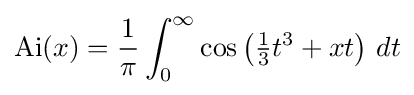
\mathrm {Ai} (x)={\frac {1}{\pi }}\int _{0}^{\infty }\cos \left({\tfrac {1}{3}}t^{3}+xt\right)\,dt